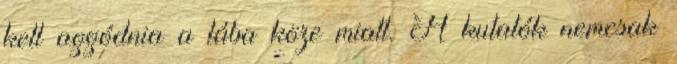
kell aggódnia a lába köze miatt. A kutatók nemcsak